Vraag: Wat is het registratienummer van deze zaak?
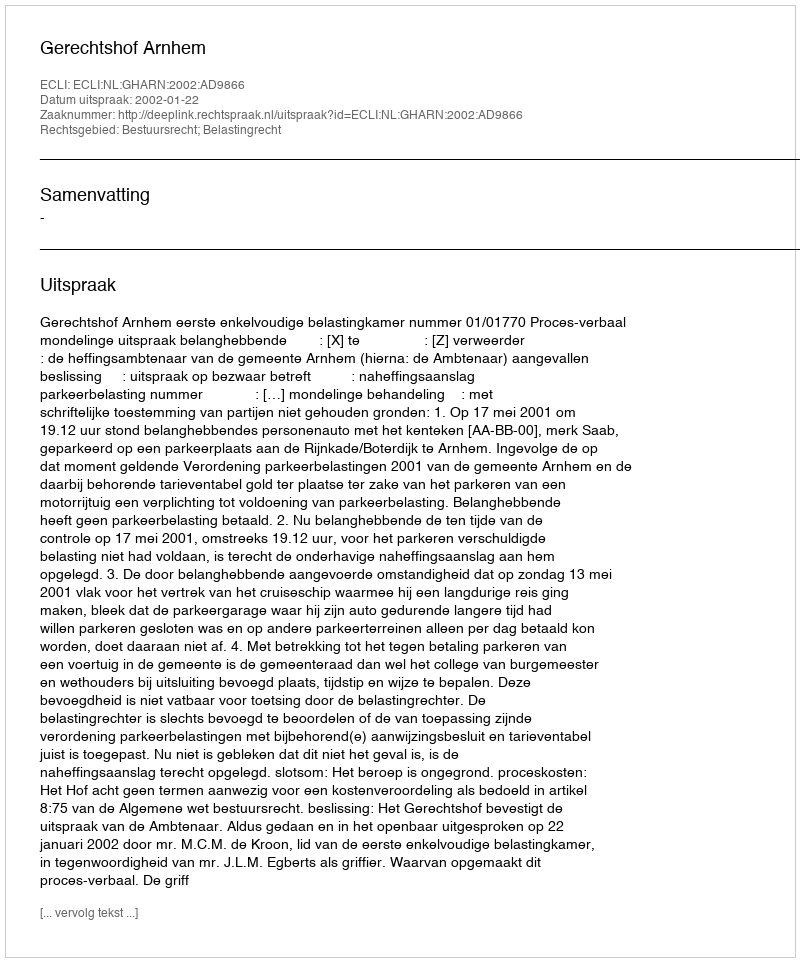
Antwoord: http://deeplink.rechtspraak.nl/uitspraak?id=ECLI:NL:GHARN:2002:AD9866